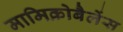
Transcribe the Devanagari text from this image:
मामिक्रोबैलेंस